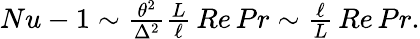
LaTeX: \begin{array}{r}{Nu-1\sim\frac{\theta^{2}}{\Delta^{2}}\frac{L}{\ell}\, Re\, Pr\sim\frac{\ell}{L}\, Re\, Pr.}\end{array}